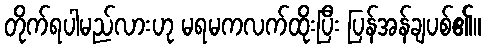
တိုက်ရပါမည်လားဟု မရမကလက်ထိုးပြီး ပြန်အန်ချပစ်၏။